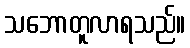
သဘောတူလာရသည်။